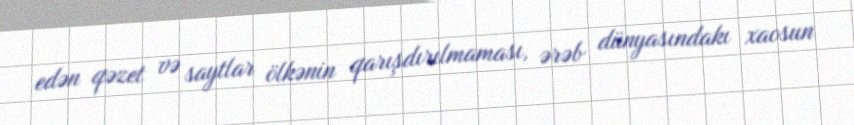
edən qəzet və saytlar ölkənin qarışdırılmaması, ərəb dünyasındakı xaosun